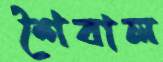
শৈবাল